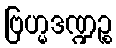
ဗြဟ္မဒဏ္ဍဉ္စ